Problem: 47 + 15 = ?
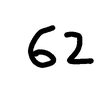
Handwritten answer: 62